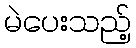
မဲပေးသည့်